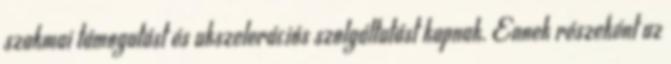
szakmai támogatást és akszelerációs szolgáltatást kapnak. Ennek részeként az